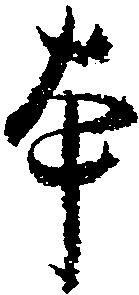
本